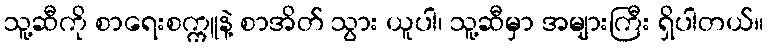
သူ့ဆီကို စာရေးစက္ကူနဲ့ စာအိတ် သွား ယူပါ၊ သူ့ဆီမှာ အများကြီး ရှိပါတယ်။